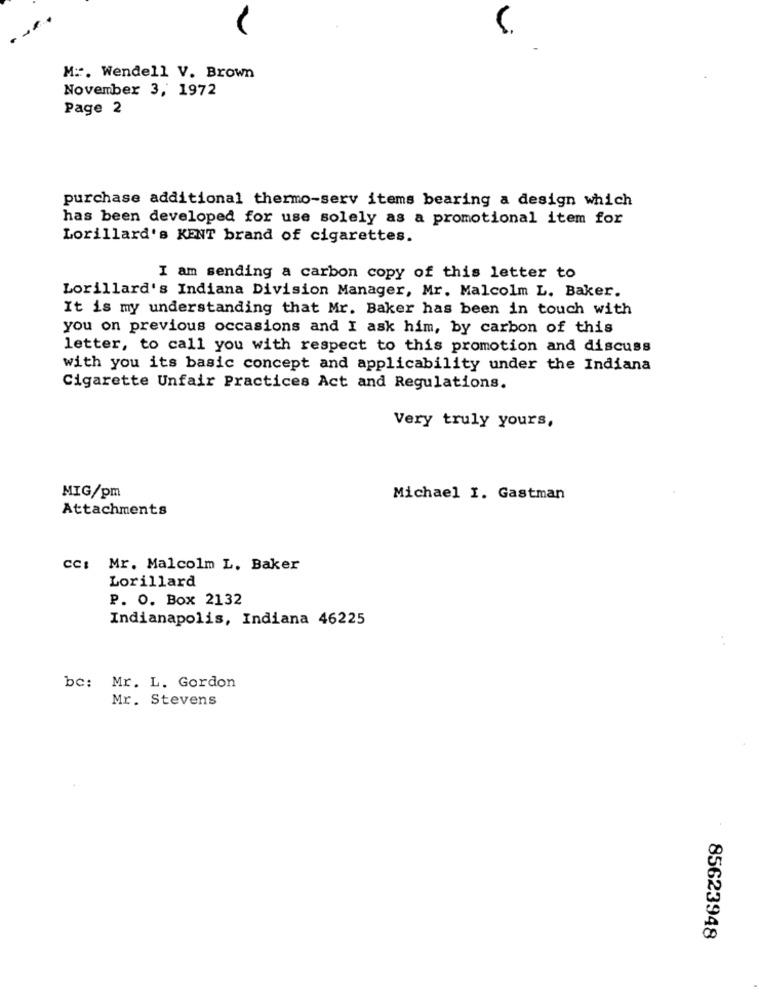
M ::. Wendell V. Brown
November 3, 1972
Page 2
purchase additional thermo-serv items bearing a design which
has been developed for use solely as a promotional item for
Lorillard's KENT brand of cigarettes.
I am sending a carbon copy of this letter to
Lorillard's Indiana Division Manager, Mr. Malcolm L. Baker.
It is my understanding that Mr. Baker has been in touch with
you on previous occasions and I ask him, by carbon of this
letter, to call you with respect to this promotion and discuss
with you its basic concept and applicability under the Indiana
Cigarette Unfair Practices Act and Regulations.
Very truly yours,
MIG/pm
Michael I. Gastman
Attachments
CC: Mr. Malcolm L. Baker
Lorillard
P. O. Box 2132
Indianapolis, Indiana 46225
be: Mr. L. Gordon
Mr. Stevens
85623948